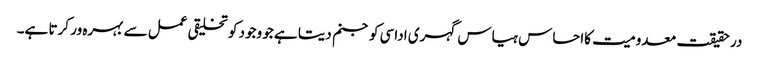
در حقیقت معدومیت کااحساس ہیاس گہری اداسی کو جنم دیتا ہے جو وجود کو تخلیقی عمل سے بہرہ ور کرتا ہے۔